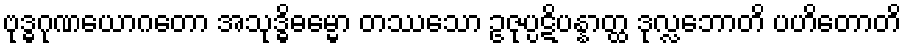
ဗုဒ္ဓဂုဏယောဂတော အသုဒ္ဓိဓမ္မော တဿေသာ ဥဇုပ္ပဋိပန္နာတ္ထ ဒုလ္လဘောတိ ပဟိတောတိ